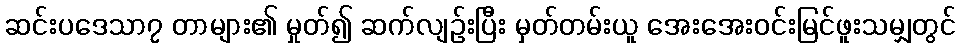
ဆင်းပဒေသာ၇ တာများ၏ မှုတ်၍ ဆက်လျဉ်းပြီး မှတ်တမ်းယူ အေးအေးဝင်းမြင်ဖူးသမျှတွင်